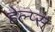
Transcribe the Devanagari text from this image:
हेल्प्स